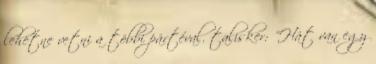
lehetne vetni a többi pártéval. talisker: "Hát van egy